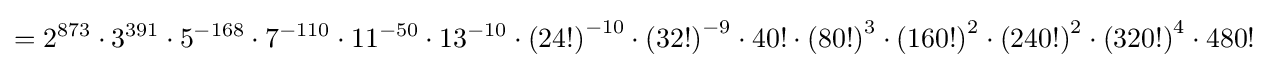
=2^{873}\cdot 3^{391}\cdot 5^{-168}\cdot 7^{-110}\cdot 11^{-50}\cdot 13^{-10}\cdot {(24!)}^{-10}\cdot {(32!)}^{-9}\cdot 40!\cdot {(80!)}^{3}\cdot {(160!)}^{2}\cdot {(240!)}^{2}\cdot {(320!)}^{4}\cdot 480!